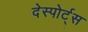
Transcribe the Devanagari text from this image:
देस्पोर्ट्स